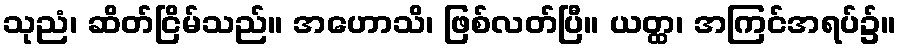
သုညံ၊ ဆိတ်ငြိမ်သည်။ အဟောသိ၊ ဖြစ်လတ်ပြီ။ ယတ္ထ၊ အကြင်အရပ်၌။